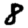
Digit: 8